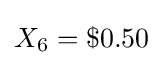
X_{6}=\$0.50